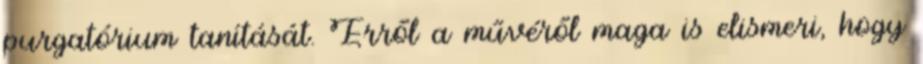
purgatórium tanítását. Erről a művéről maga is elismeri, hogy